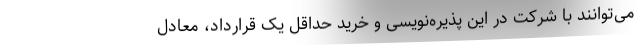
می‌توانند با شرکت در این پذیره‌نویسی و خرید حداقل یک قرارداد، معادل